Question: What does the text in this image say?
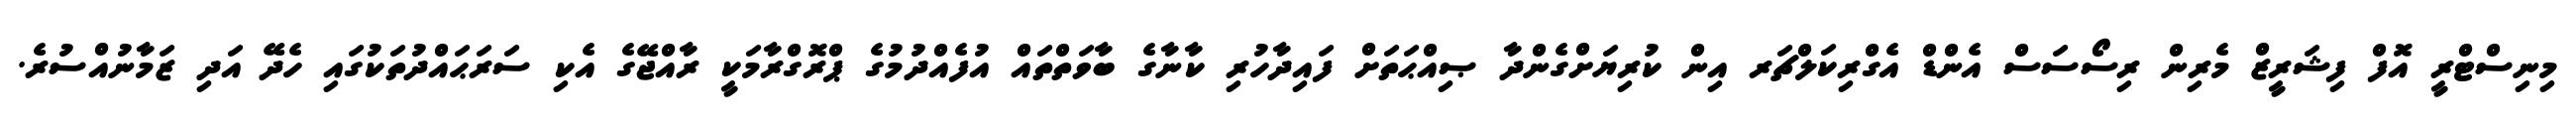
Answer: މިނިސްޓްރީ އޮފް ފިޝަރީޒް މެރިން ރިސޯސަސް އެންޑް އެގްރިކަލްޗަރ އިން ކުރިޔަށްގެންދާ ޞިއްޙަތަށް ފައިދާހުރި ކާނާގެ ބާވަތްތައް އުފެއްދުމުގެ ޕްރޮގްރާމަކީ ރާއްޖޭގެ އެކި ސަރަޙައްދުތަކުގައި ހެދޭ އަދި ޒަމާނުއްސުރެ.